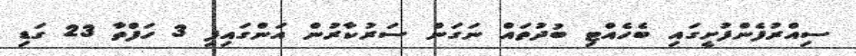
ސިއްރުފެންފުށީގައި ބެހެއްޓި ބުދުތައް ނަގަން ސަރުކާރުން އަންގައިފި 3 ހަފްތާ 23 ގަޑި